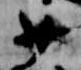
少